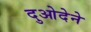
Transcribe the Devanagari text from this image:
दुओदेने